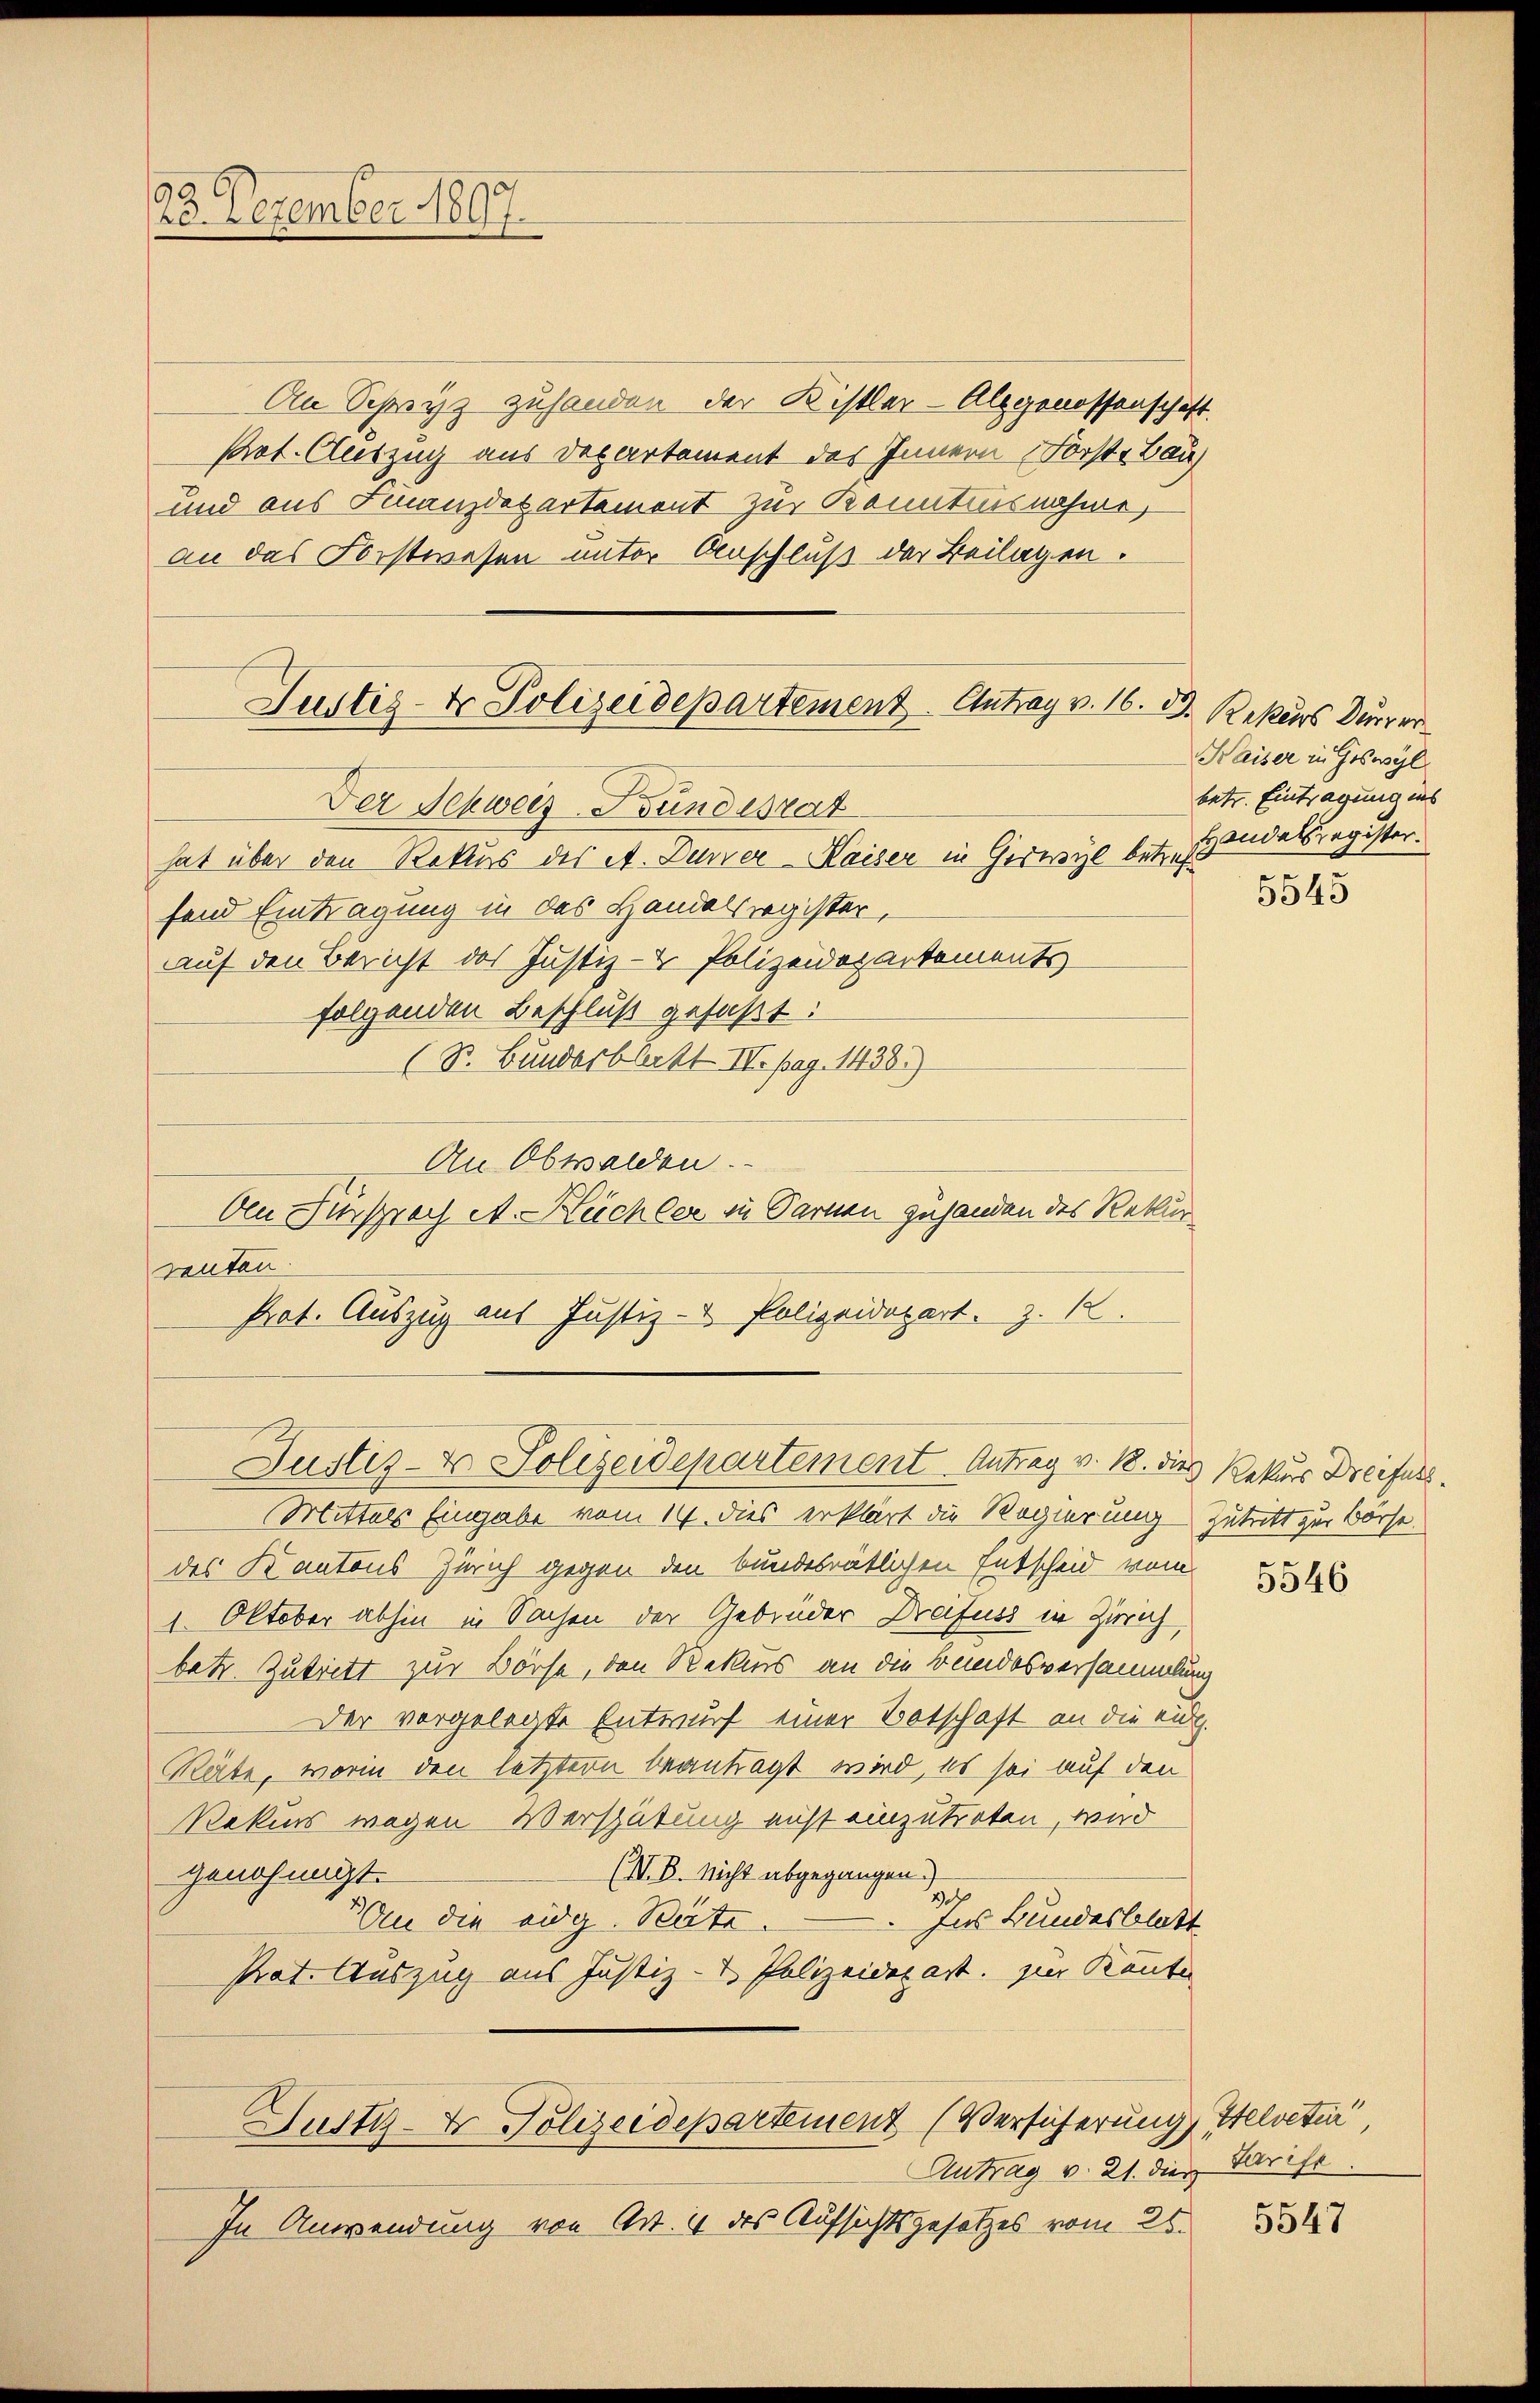
90
23. Dezember 1897.

Justiz- & Polizeidepartement Antrag v. 16. 33. Rektors Dürrer
Der Schweiz Bundesrat

An Schwyz zuhanden der Kistler-Alpgenossenschaft.
Pot. Auszug aus Departement des Innern Forste Bau
und aus Finanzdepartement zur Kenntnisnahme,
an das Forstwesen unter Anschluß der Beilagen.

Justiz-Er Polizeidepartement (Versicherung Helveti

hat über den Rekurs des A. Durrer Kaiser in Giswyl betr. Handelsregister
fend Eintragung in des Handelsregister,
auf den Bericht des Justiz- & Polizeidepartements
folgenden Beschluß gefaßt:
(St. Bundesblatt. IV. pag. 1438)
An Obwalden.
Den Fürsprach A. Büchler in Sarnen zuhanden des Rekurreuten.
Prot. Auszug aus Justiz- & Polizeidepart. Z. 12.
Justiz- & Polizeidepartement Antrag v. 18. dies Rekurs Dreifers¬
Mittelst Eingabe vom 14. dies erklärt die Regierung zutritt zur Borse.
des Kantons Zürich gegen den bundesrätlichen Entscheid vom
1. Oktober abhin in Sachen der Gebrüder Dreifuss in Zürich
betr. Zutritt zur Börse, den Rekurs an die Bundesversammlung
Der vorgelegte Entwurf einer Botschaft an die aug.
Räte, worin den letztern beantragt wird, es sei auf den
Rekurs wegen Verspätung nicht einzutreten, wird
(I. B. Nicht abgegangen.
genehmigt.
Ins Bundesblatt
u die eidg. Räte.
Prat. Auszug aus Justiz- & Polizeidepart. zur Kennte

Antrag v. 21. die Tarife
In Anwendung von Art. 4 des Aufsichtsgesetzes vom 25.

Kaiser in Geswyl
betr. Eintragung ins

5545

5546

5547